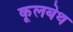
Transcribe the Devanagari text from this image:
कूलबेथ